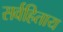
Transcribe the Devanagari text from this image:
सर्वहिताय